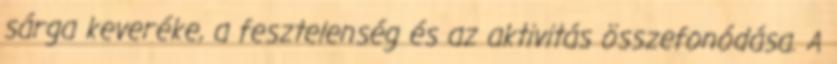
sárga keveréke, a fesztelenség és az aktivitás összefonódása. A